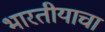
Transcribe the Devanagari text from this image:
भारतीयाचा